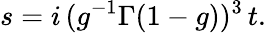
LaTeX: s=i\, (g^{-1}\Gamma(1-g))^{3}\, t.